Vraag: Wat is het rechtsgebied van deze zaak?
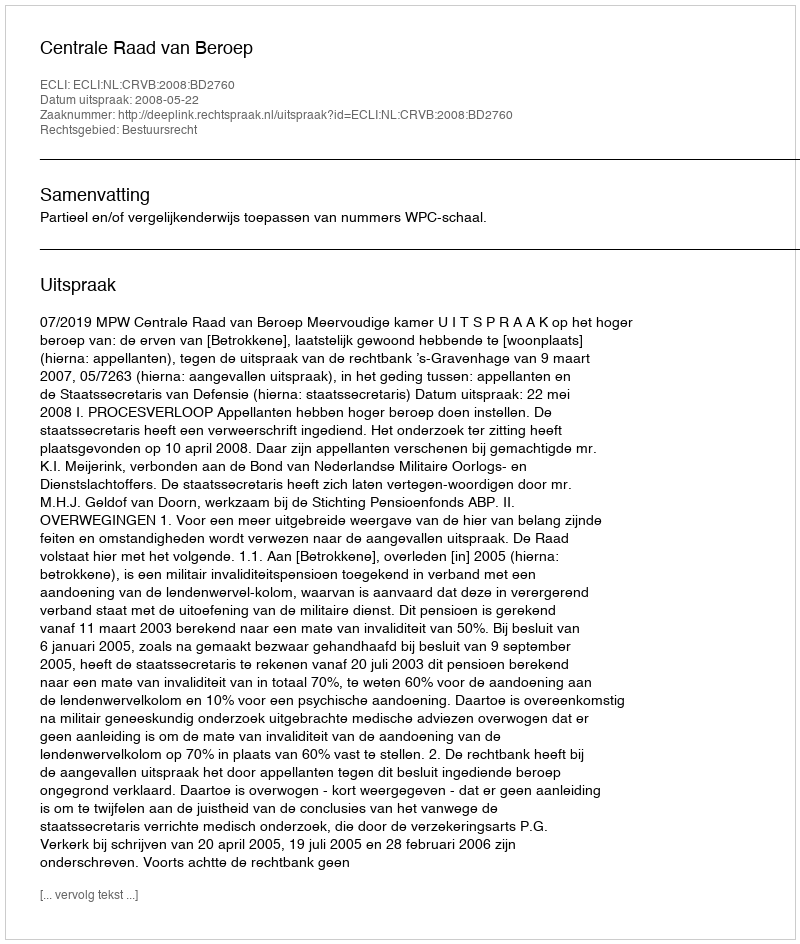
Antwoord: Bestuursrecht